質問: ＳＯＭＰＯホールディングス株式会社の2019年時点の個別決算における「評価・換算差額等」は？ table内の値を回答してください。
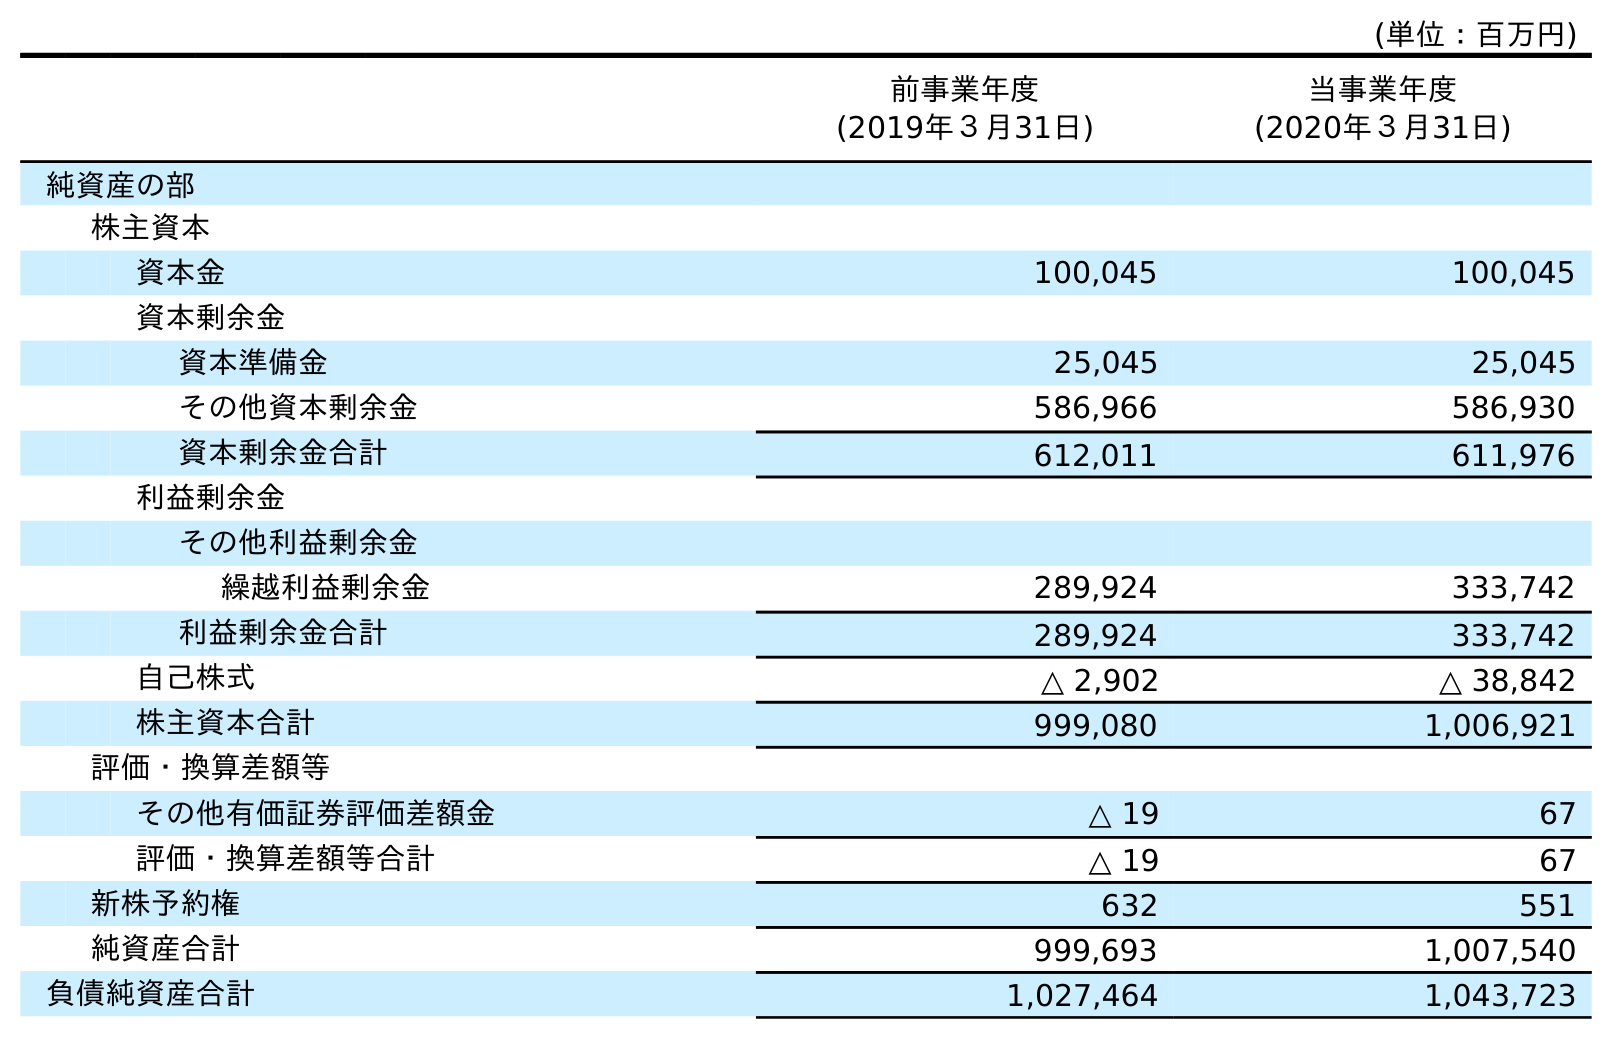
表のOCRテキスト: (単位：百万円) 前事業年度 (2019年３月31日) 当事業年度 (2020年３月31日) 純資産の部 株主資本 資本金 100,045 100,045 資本剰余金 資本準備金 25,045 25,045 その他資本剰余金 586,966 586,930 資本剰余金合計 612,011 611,976 利益剰余金 その他利益剰余金 繰越利益剰余金 289,924 333,742 利益剰余金合計 289,924 333,742 自己株式 △ 2,902 △ 38,842 株主資本合計 999,080 1,006,921 評価・換算差額等 その他有価証券評価差額金 △ 19 67 評価・換算差額等合計 △ 19 67 新株予約権 632 551 純資産合計 999,693 1,007,540 負債純資産合計 1,027,464 1,043,723
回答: △19